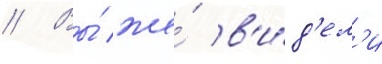
// Вы́ же́ в'и́д'ел'и